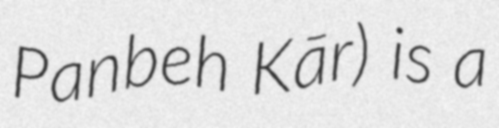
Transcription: Panbeh Kār) is a